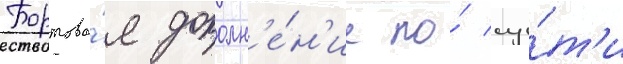
Бортово́е дополн'е́н'ие по́ су́т'и